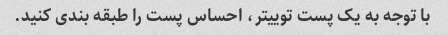
با توجه به یک پست توییتر، احساس پست را طبقه بندی کنید.